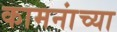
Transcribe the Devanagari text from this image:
कामनांच्या